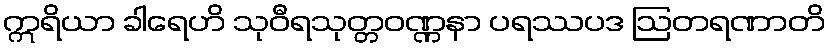
ဣရိယာ ခါရေဟိ သုဝီရသုတ္တဝဏ္ဏနာ ပရဿပဒ ဩတရဏာတိ